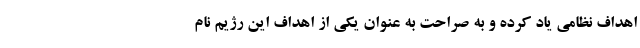
اهداف نظامی یاد کرده و به صراحت به عنوان یکی از اهداف این رژیم نام